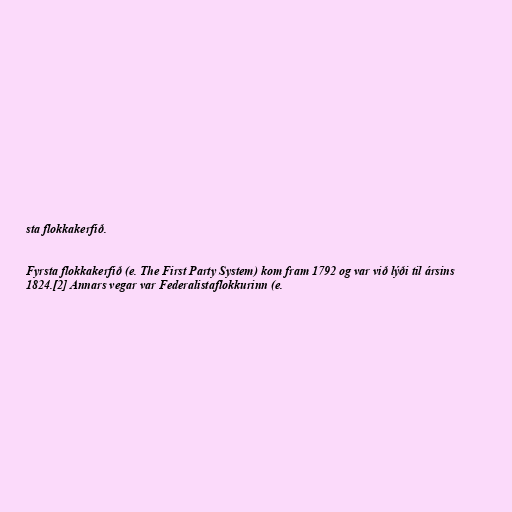
sta flokkakerfið.

Fyrsta flokkakerfið (e. The First Party System) kom fram 1792 og var við lýði til ársins
1824.[2] Annars vegar var Federalistaflokkurinn (e.